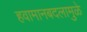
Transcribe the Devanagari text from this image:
हवामानबदलामुळे